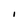
Character: I